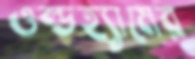
ওল্ডহ্যামের